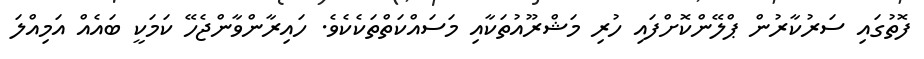
ފޮތުގައި ސަރުކާރުން ޕްލޭންކޮށްފައި ހުރި މަޝްރޫއުތަކާއި މަސައްކަތްތަކެކެވެ. ހައިރާންވާންޖެހޭ ކަމަކީ ބައެއް އަމިއްލަ